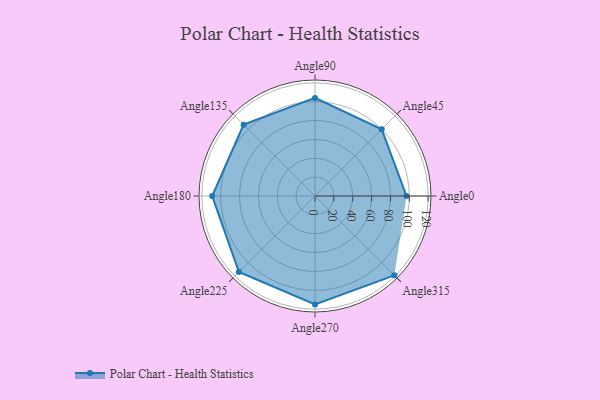
{"axis": {"x": "Angle", "y": "Radius"}, "legend": [""], "data": [{"x": "Angle0", "y": 97.0, "type": ""}, {"x": "Angle45", "y": 100.0, "type": ""}, {"x": "Angle90", "y": 104.0, "type": ""}, {"x": "Angle135", "y": 107.0, "type": ""}, {"x": "Angle180", "y": 109.0, "type": ""}, {"x": "Angle225", "y": 114.0, "type": ""}, {"x": "Angle270", "y": 115.0, "type": ""}, {"x": "Angle315", "y": 119.0, "type": ""}]}